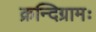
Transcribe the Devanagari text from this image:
क्रन्दिग्रामः